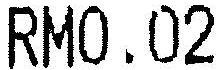
RM0.02